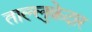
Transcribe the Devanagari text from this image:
ताल्लुक़ेदार